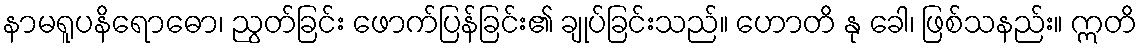
နာမရူပနိရောဓော၊ ညွတ်ခြင်း ဖောက်ပြန်ခြင်း၏ ချုပ်ခြင်းသည်။ ဟောတိ နု ခေါ၊ ဖြစ်သနည်း။ ဣတိ